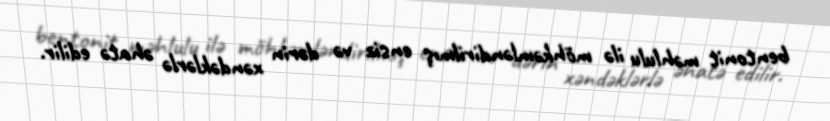
bentonit məhlulu ilə möhkəmləndirilmış ensiz və dərin xəndəklərlə əhatə edilir.